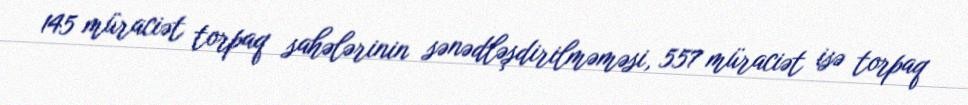
145 müraciət torpaq sahələrinin sənədləşdirilməməsi, 557 müraciət isə torpaq